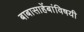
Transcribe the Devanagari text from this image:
बाबासाहेंबांविषयी